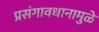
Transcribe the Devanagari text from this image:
प्रसंगावधानामुळे